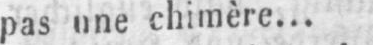
pas une chimère...